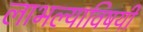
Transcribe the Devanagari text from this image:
लाभल्याविषयी